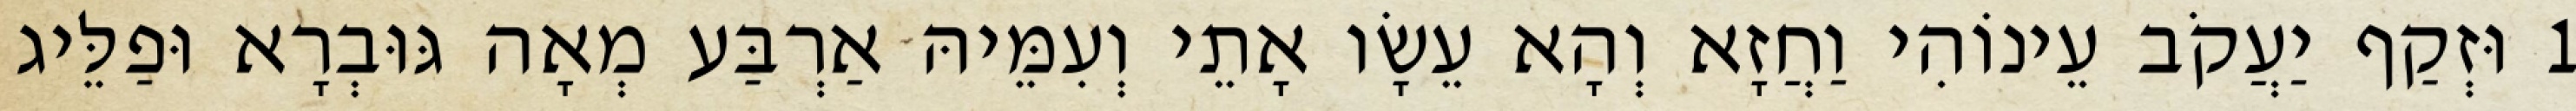
1 וּזְקַף יַעֲקֹב עֵינוֹהִי וַחֲזָא וְהָא עֵשָׂו אָתֵי וְעִמֵּיהּ אַרְבַּע מְאָה גּוּבְרָא וּפַלֵּיג